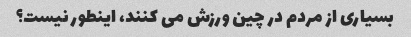
بسیاری از مردم در چین ورزش می کنند، اینطور نیست؟